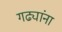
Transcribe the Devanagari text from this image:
गढ्यांना